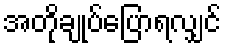
အတိုချုပ်ပြောရလျှင်